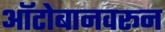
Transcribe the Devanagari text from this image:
ऑटोबानवरून